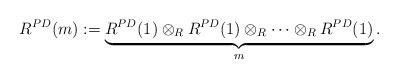
LaTeX: \begin{align*}R^{PD}(m):=\underbrace{R^{PD}(1)\otimes_{R} R^{PD}(1)\otimes_R\cdots \otimes_RR^{PD}(1)}_{m }.\end{align*}